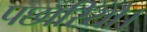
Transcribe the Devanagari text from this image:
पछारियौ।